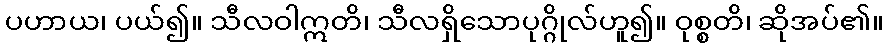
ပဟာယ၊ ပယ်၍။ သီလဝါဣတိ၊ သီလရှိသောပုဂ္ဂိုလ်ဟူ၍။ ဝုစ္စတိ၊ ဆိုအပ်၏။